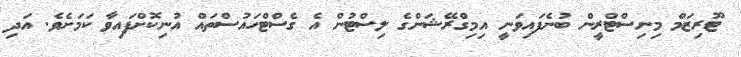
ޓޫރިޒަމް މިނިސްޓްރީން ބުނެފައިވަނީ އިމިގްރޭޝަންގެ ލިސްޓުން އެ ގެސްޓްހައުސްތައް އުނިކޮށްފައިވާ ކަމަށެވެ. އަދި